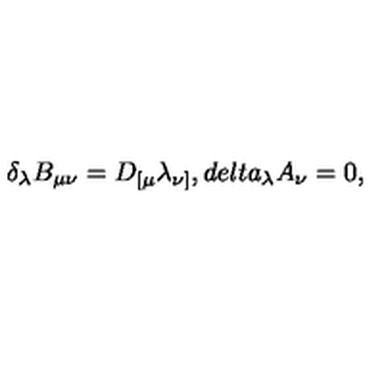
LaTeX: \delta _ { \lambda } B _ { \mu \nu } = D _ { [ \mu } \lambda _ { \nu ] } , d e l t a _ { \lambda } A _ { \nu } = 0 ,